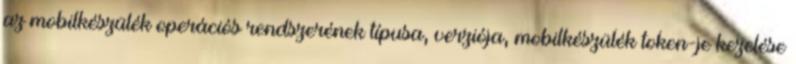
az mobilkészülék operációs rendszerének típusa, verziója, mobilkészülék token-je kezelése